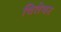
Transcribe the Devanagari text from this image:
चितेवर